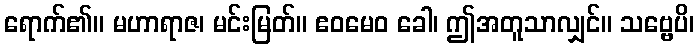
ရောက်၏။ မဟာရာဇ၊ မင်းမြတ်။ ဧဝမေဝ ခေါ၊ ဤအတူသာလျှင်။ သဗ္ဗေပိ၊